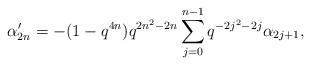
\begin{align*} \alpha'_{2n} = -(1-q^{4n})q^{2n^2-2n}\sum_{j=0}^{n-1}q^{-2j^2-2j}\alpha_{2j+1},\end{align*}